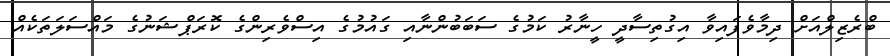
ބްރެޒިލްއަށް ދިމާވެފައިވާ އިގުތިސާދީ ހީނާރު ކަމުގެ ސަބަބުންނާއި ގައުމުގެ އިސްވެރިންގެ ކޮރަޕްޝަނުގެ މައްސަލަތަކެއް